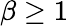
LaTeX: \beta\geq 1